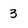
Character: 3